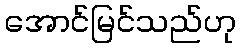
အောင်မြင်သည်ဟု